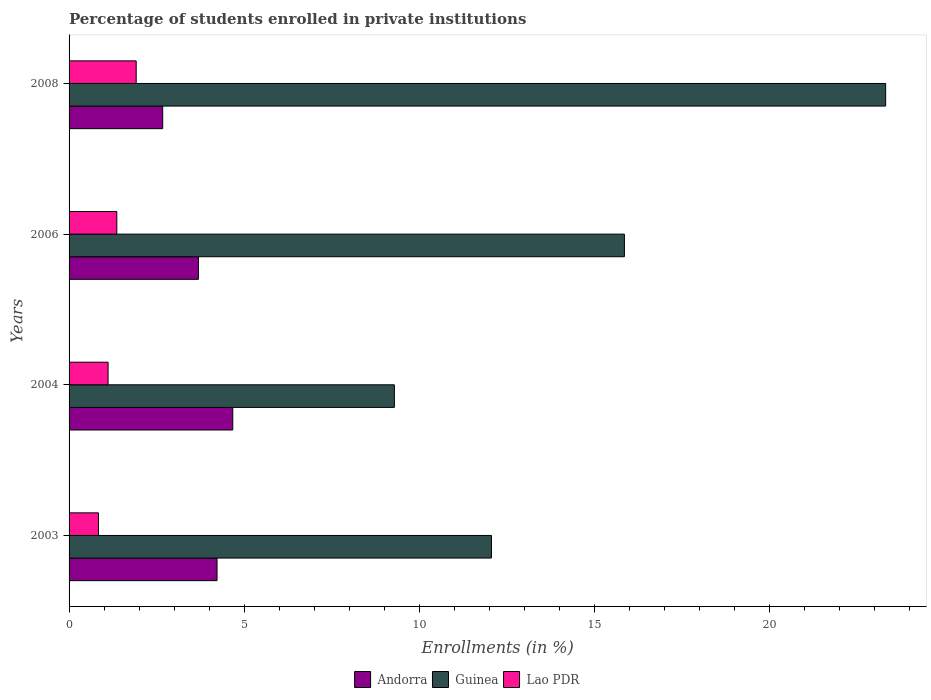
| Years | Andorra | Guinea | Lao PDR |
 | --- | --- | --- | --- |
 | 2003 | 4.23 | 12.1 | 0.84 |
 | 2004 | 4.68 | 9.29 | 1.11 |
 | 2006 | 3.7 | 15.9 | 1.36 |
 | 2008 | 2.67 | 23.3 | 1.92 |